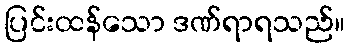
ပြင်းထန်သော ဒဏ်ရာရသည်။